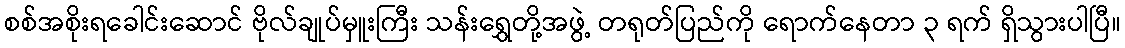
စစ်အစိုးရခေါင်းဆောင် ဗိုလ်ချုပ်မှူးကြီး သန်းရွှေတို့အဖွဲ့ တရုတ်ပြည်ကို ရောက်နေတာ ၃ ရက် ရှိသွားပါပြီ။